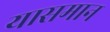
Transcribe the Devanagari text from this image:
यासमान